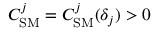
C _ { \mathrm { S M } } ^ { j } = C _ { \mathrm { S M } } ^ { j } ( \delta _ { j } ) > 0